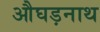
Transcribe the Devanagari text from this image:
औघड़नाथ